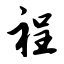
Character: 裎